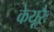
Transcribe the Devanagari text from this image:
केयूरैः